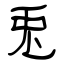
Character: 兎